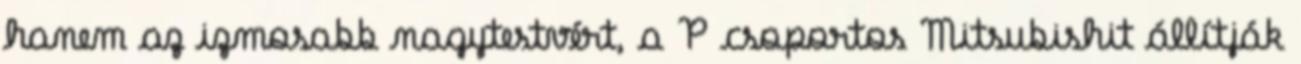
hanem az izmosabb nagytestvért, a P csoportos Mitsubishit állítják